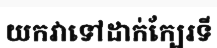
យកវាទៅដាក់ក្បែរទី